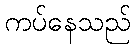
ကပ်နေသည်